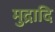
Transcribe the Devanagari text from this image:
मुद्रादि